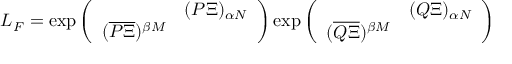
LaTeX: L _ { F } = \exp \left( \begin{array} { c c } { { } } & { { ( P \Xi ) _ { \alpha N } } } \\ { { ( \overline { { { P \Xi } } } ) ^ { \beta M } } } & { { } } \end{array} \right) \exp \left( \begin{array} { c c } { { } } & { { ( Q \Xi ) _ { \alpha N } } } \\ { { ( \overline { { { Q \Xi } } } ) ^ { \beta M } } } & { { } } \end{array} \right)